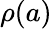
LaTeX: \rho(a)